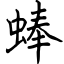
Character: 蜯